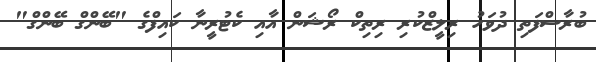
ބުރާސްފަތި ދުވަހު ރިލީޒްކުރި ރިތިކް ރޯޝަން އާއި ކެޓުރީނާ ކައިފްގެ "ބޭންގް ބޭންގް"